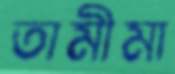
তামীমা